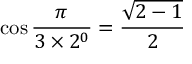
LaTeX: \cos { \frac { \pi } { 3 \times 2 ^ { 0 } } } = { \frac { \sqrt { 2 - 1 } } { 2 } }